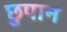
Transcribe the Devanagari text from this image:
छुपान